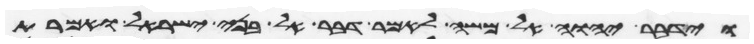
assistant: וידבר יהוה אל משה לאמר דבר אל בני ישראל ואמרת